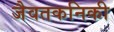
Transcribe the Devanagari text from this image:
जैवतकनिकी